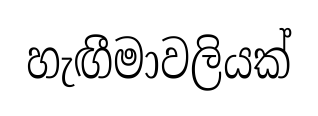
හැඟීමාවලියක්